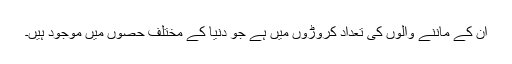
ان کے ماننے والوں کی تعداد کروڑوں میں ہے جو دنیا کے مختلف حصوں میں موجود ہیں۔